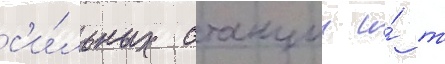
с'и́льных станции и́ т